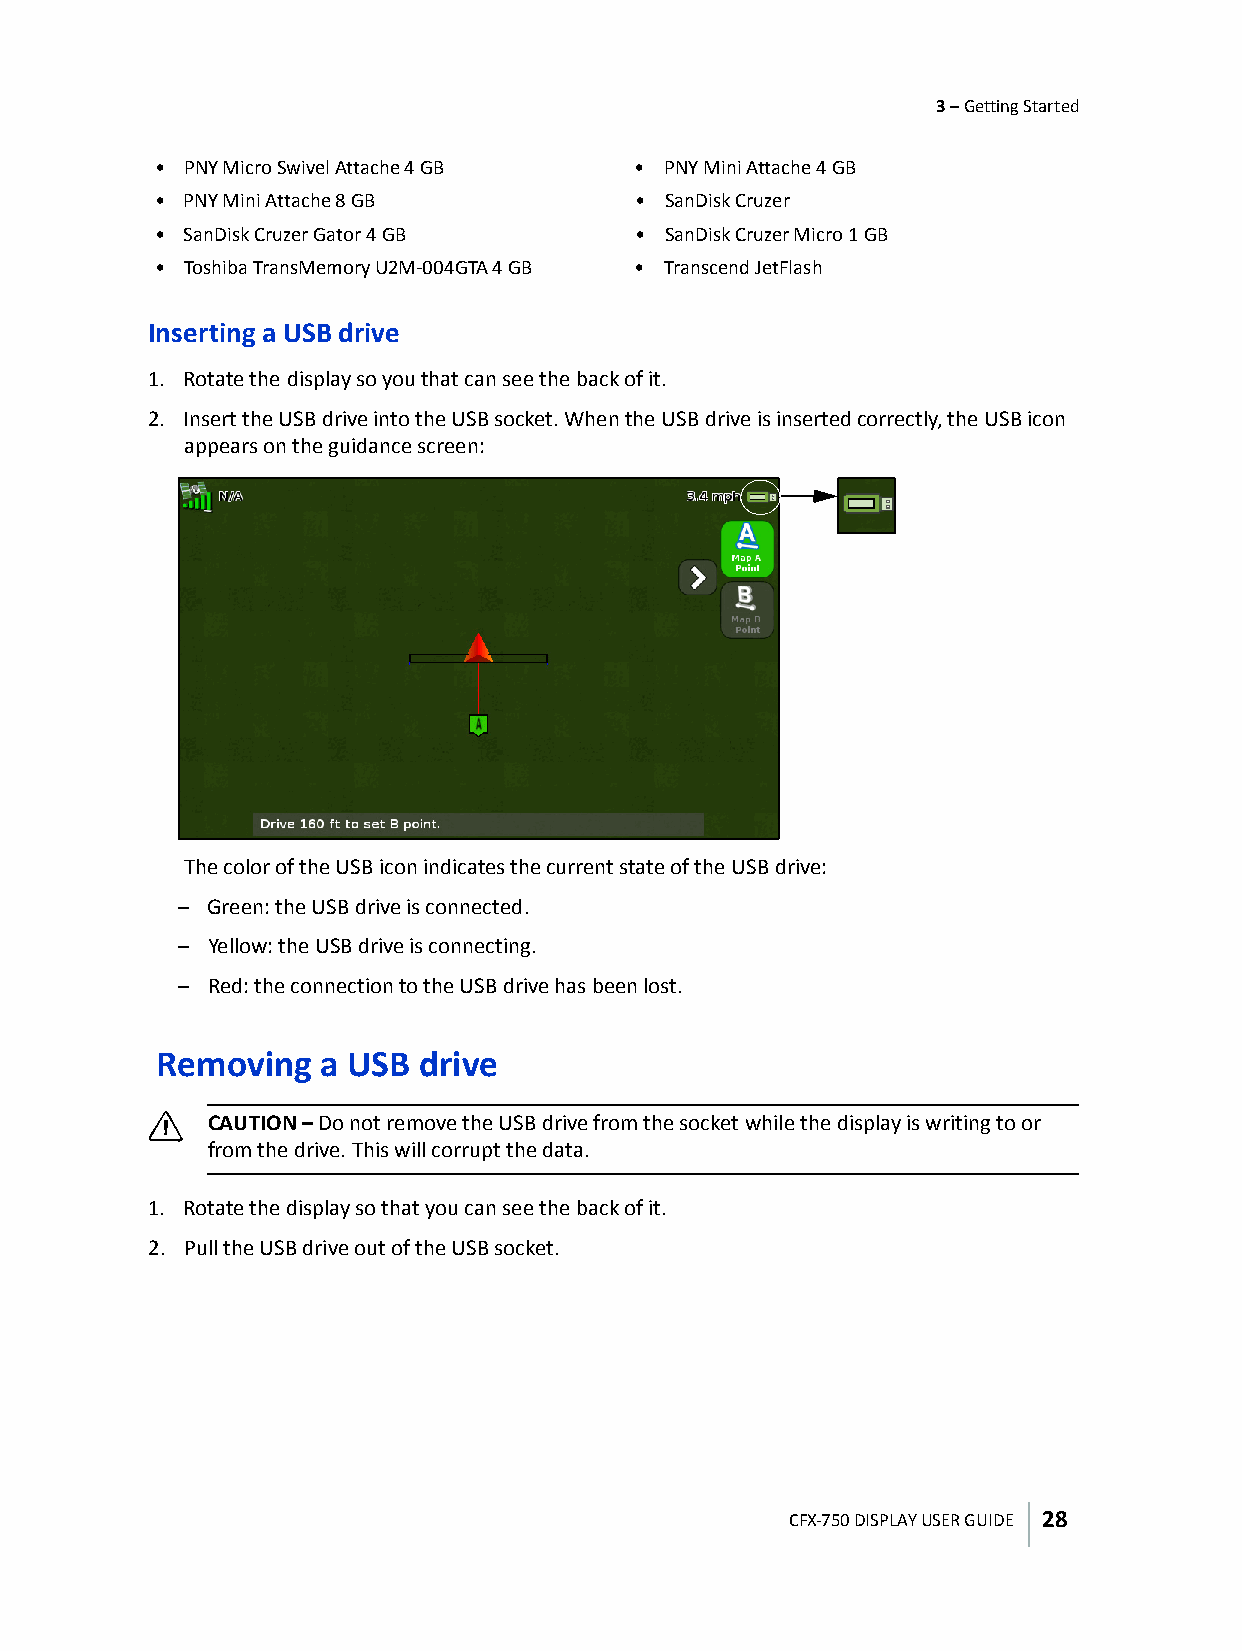
3 – Getting Started
 • PNY Micro Swivel Attache 4 GB • PNY Mini Attache 4 GB
 • PNY Mini Attache 8 GB         • SanDisk Cruzer
 • SanDisk Cruzer Gator 4 GB     • SanDisk Cruzer Micro 1 GB
 • Toshiba TransMemory U2M-004GTA 4 GB • Transcend JetFlash
 Inserting a USB drive
 1. Rotate the display so you that can see the back of it.
 2. Insert the USB drive into the USB socket. When the USB drive is inserted correctly, the USB icon
 appears on the guidance screen:
 The color of the USB icon indicates the current state of the USB drive:
 – Green: the USB drive is connected.
 – Yellow: the USB drive is connecting.
 – Red: the connection to the USB drive has been lost.
 Removing   a USB  drive
 C
 CAUTION – Do not remove the USB drive from the socket while the display is writing to or
 from the drive. This will corrupt the data.
 1. Rotate the display so that you can see the back of it.
 2. Pull the USB drive out of the USB socket.
 CFX-750 DISPLAY USER GUIDE 28